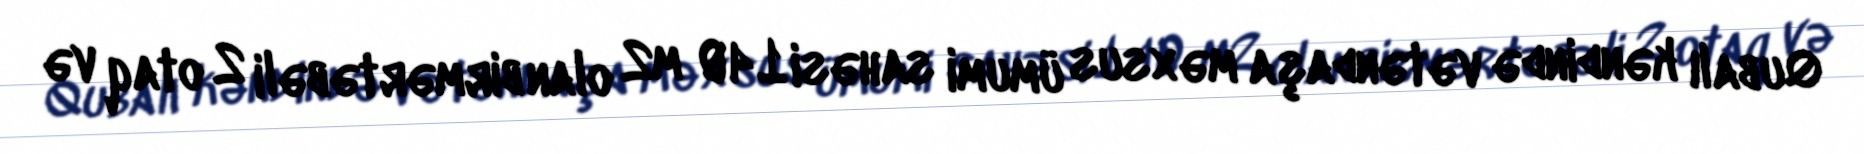
Qubalı kəndində vətəndaşa məxsus ümumi sahəsi 140 m2 olan birmərtəbəli 2 otaq və